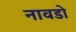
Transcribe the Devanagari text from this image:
नावडो